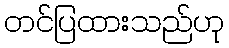
တင်ပြထားသည်ဟု